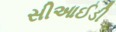
સીઆઈડી